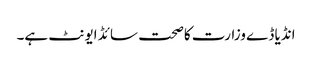
انڈیا ڈے وزارت کاصحت سائڈ ایونٹ ہے۔